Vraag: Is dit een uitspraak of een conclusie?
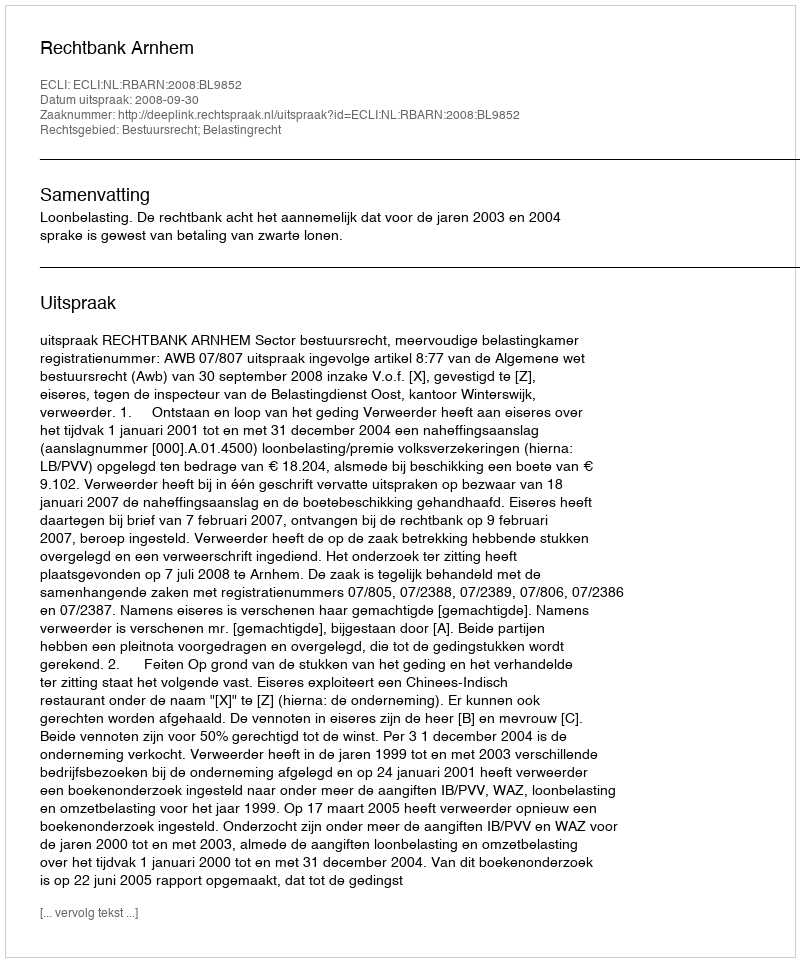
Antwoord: Uitspraak